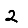
Digit: 2